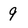
Character: 9